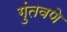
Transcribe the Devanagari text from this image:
गुंतवणे